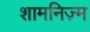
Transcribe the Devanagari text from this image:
शामनिज़्म